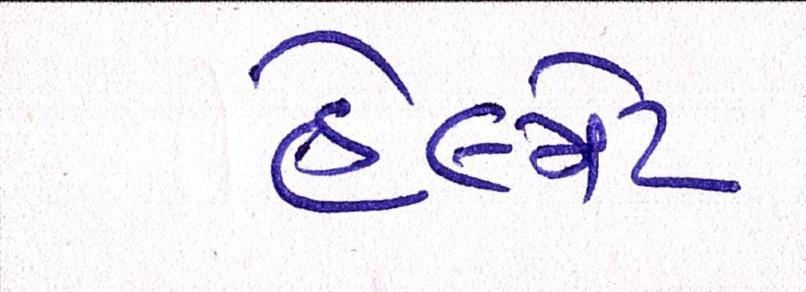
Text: હેલ્મેટ